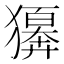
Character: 𤢫